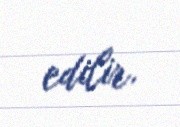
edilir.